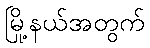
မြို့နယ်အတွက်